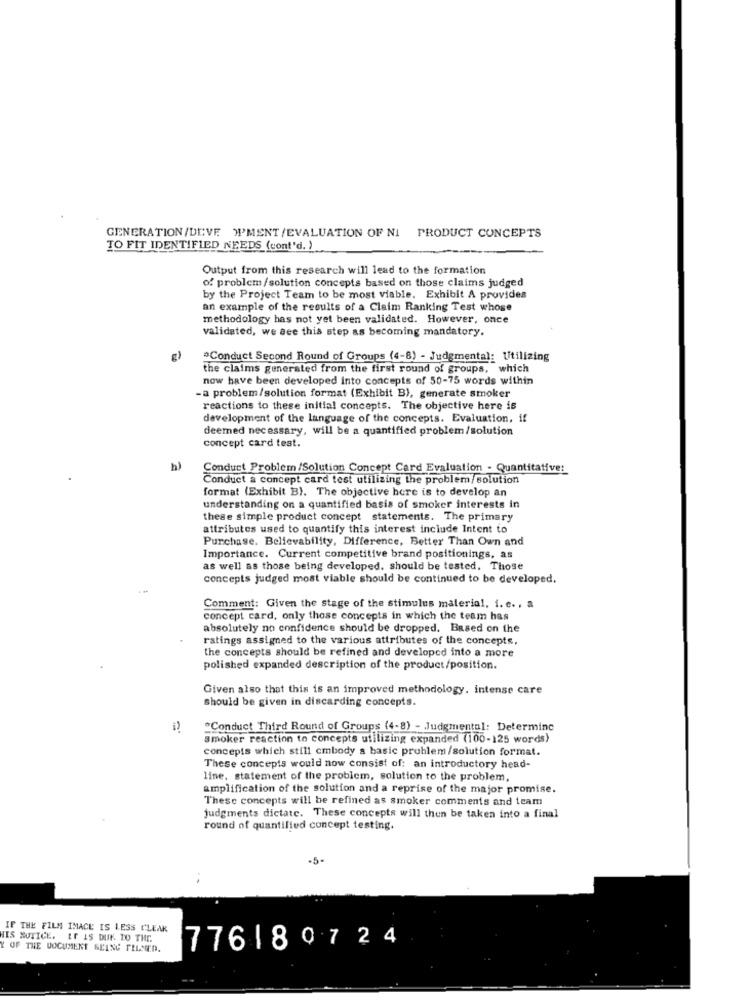
GENERATION/DEVE W'MENT/EVALUATION OF NI PRODUCT CONCEPTS
TO FIT IDENTIFIED NEEDS (cont'd. )
Output from this research will lead to the formation
of problem/solution concepts based on those claims judged
by the Project Team to be most viable. Exhibit A provides
an example of the results of a Claim Ranking Test whose
methodology has not yet been validated. However, once
validated, we see this step as becoming mandatory.
"Conduct Second Round of Groups (4-8) - Judgmental: Utilizing
the claims generated from the first round of groups, which
now have been developed into concepts of 50-75 words within
- a problem/solution format (Exhibit B), generate smoker
reactions to these initial concepts. The objective here is
development of the language of the concepts. Evaluation, if
deemed necessary, will be a quantified problem/solution
concept card test.
Conduct Problem /Solution Concept Card Evaluation - Quantitative:
Conduct a concept card test utilizing the problem/solution
format (Exhibit B). The objective here is to develop an
understanding on a quantified basis of smoker interests in
these simple product concept statements. The primary
attributes used to quantify this interest include Intent to
Purchase. Bellevability, Difference, Better Than Own and
Importance. Current competitive brand positionings, as
as well as those being developed, should be tested. Those
concepts judged most viable should be continued to be developed.
Comment: Given the stage of the stimulus material, i. e ., a
concept card, only those concepts in which the team has
absolutely no confidence should be dropped. Based on the
ratings assigned to the various attributes of the concepts,
the concepts should be refined and developed into a more
polished expanded description of the product/position.
Given also that this is an improved methodology, intense care
should be given in discarding concepts.
*Conduct Third Round of Groups (4-8) - Judgmental: Determinc
smoker reaction to concepts utilizing expanded (100-125 words)
concepts which still cmbody a basic problem /solution format.
These concepts would now consist of: an introductory head-
line. statement of the problem, solution to the problem,
amplification of the solution and a reprise of the major promise.
These concepts will be refined as smoker comments and team
judgments dictate. These concepts will then be taken into a final
round of quantified concept testing.
-5-
..
IF THE FILM IMACE IS LESS CLEAK
HIS NOTICE. IT IS DUE TO THE.
Y OF THE DOCUMENT BEING TELMED.
776180724